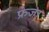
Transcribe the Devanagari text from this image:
फ्रेजा